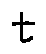
t